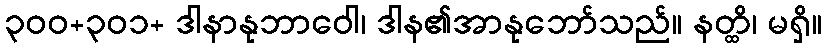
၃၀၀+၃၀၁+ ဒါနာနုဘာဝေါ၊ ဒါန၏အာနုဘော်သည်။ နတ္ထိ၊ မရှိ။